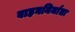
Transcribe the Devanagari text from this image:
वाहननिर्माता